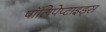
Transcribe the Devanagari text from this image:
पॉलिपेप्टाइड्स